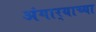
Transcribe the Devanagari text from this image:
अंगार्‍याच्या